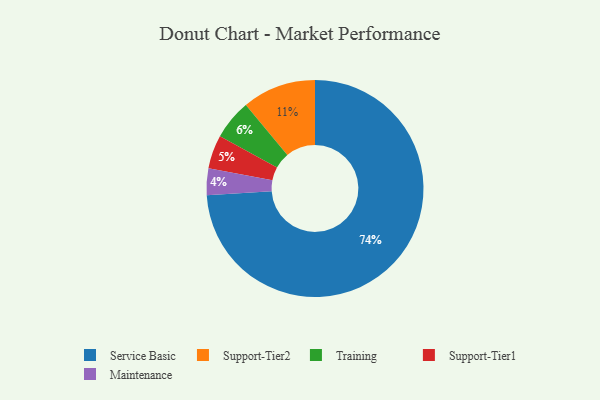
{"axis": {"x": "Category", "y": "Percentage"}, "legend": ["Maintenance", "Service Basic", "Support-Tier1", "Support-Tier2", "Training"], "data": [{"x": "Maintenance", "y": 4, "type": "Maintenance"}, {"x": "Training", "y": 6, "type": "Training"}, {"x": "Support-Tier2", "y": 11, "type": "Support-Tier2"}, {"x": "Support-Tier1", "y": 5, "type": "Support-Tier1"}, {"x": "Service Basic", "y": 74, "type": "Service Basic"}]}